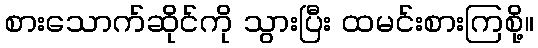
စားသောက်ဆိုင်ကို သွားပြီး ထမင်းစားကြစို့။